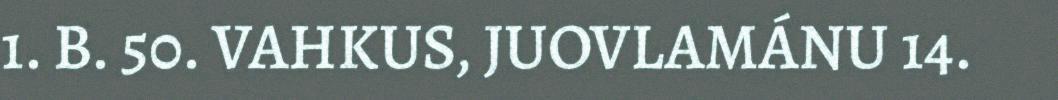
1. B. 50. VAHKUS, JUOVLAMÁNU 14.